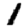
Digit: 1